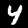
Digit: 4